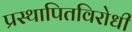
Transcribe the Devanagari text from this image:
प्रस्थापितविरोधी